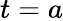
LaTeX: t=a